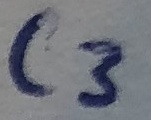
Text: C3